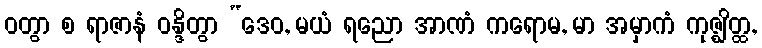
ဝတွာ စ ရာဇာနံ ဝန္ဒိတွာ “ဒေဝ, မယံ ရညော အာဏံ ကရောမ, မာ အမှာကံ ကုဇ္ဈိတ္ထ,